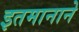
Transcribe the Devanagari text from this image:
इतमानाने